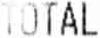
TOTAL